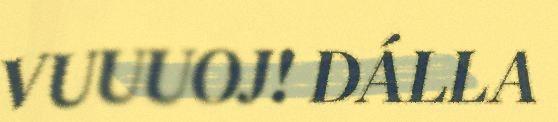
VUUUOJ! DÁLLA